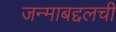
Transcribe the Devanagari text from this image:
जन्माबद्दलची